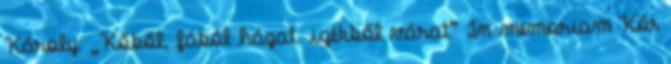
Károly: „Kőből, fából házat. igékből várat” In memoriam Kós